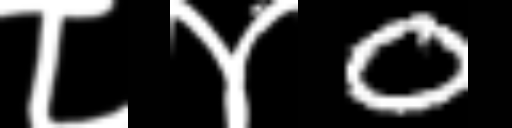
Text: ८४0